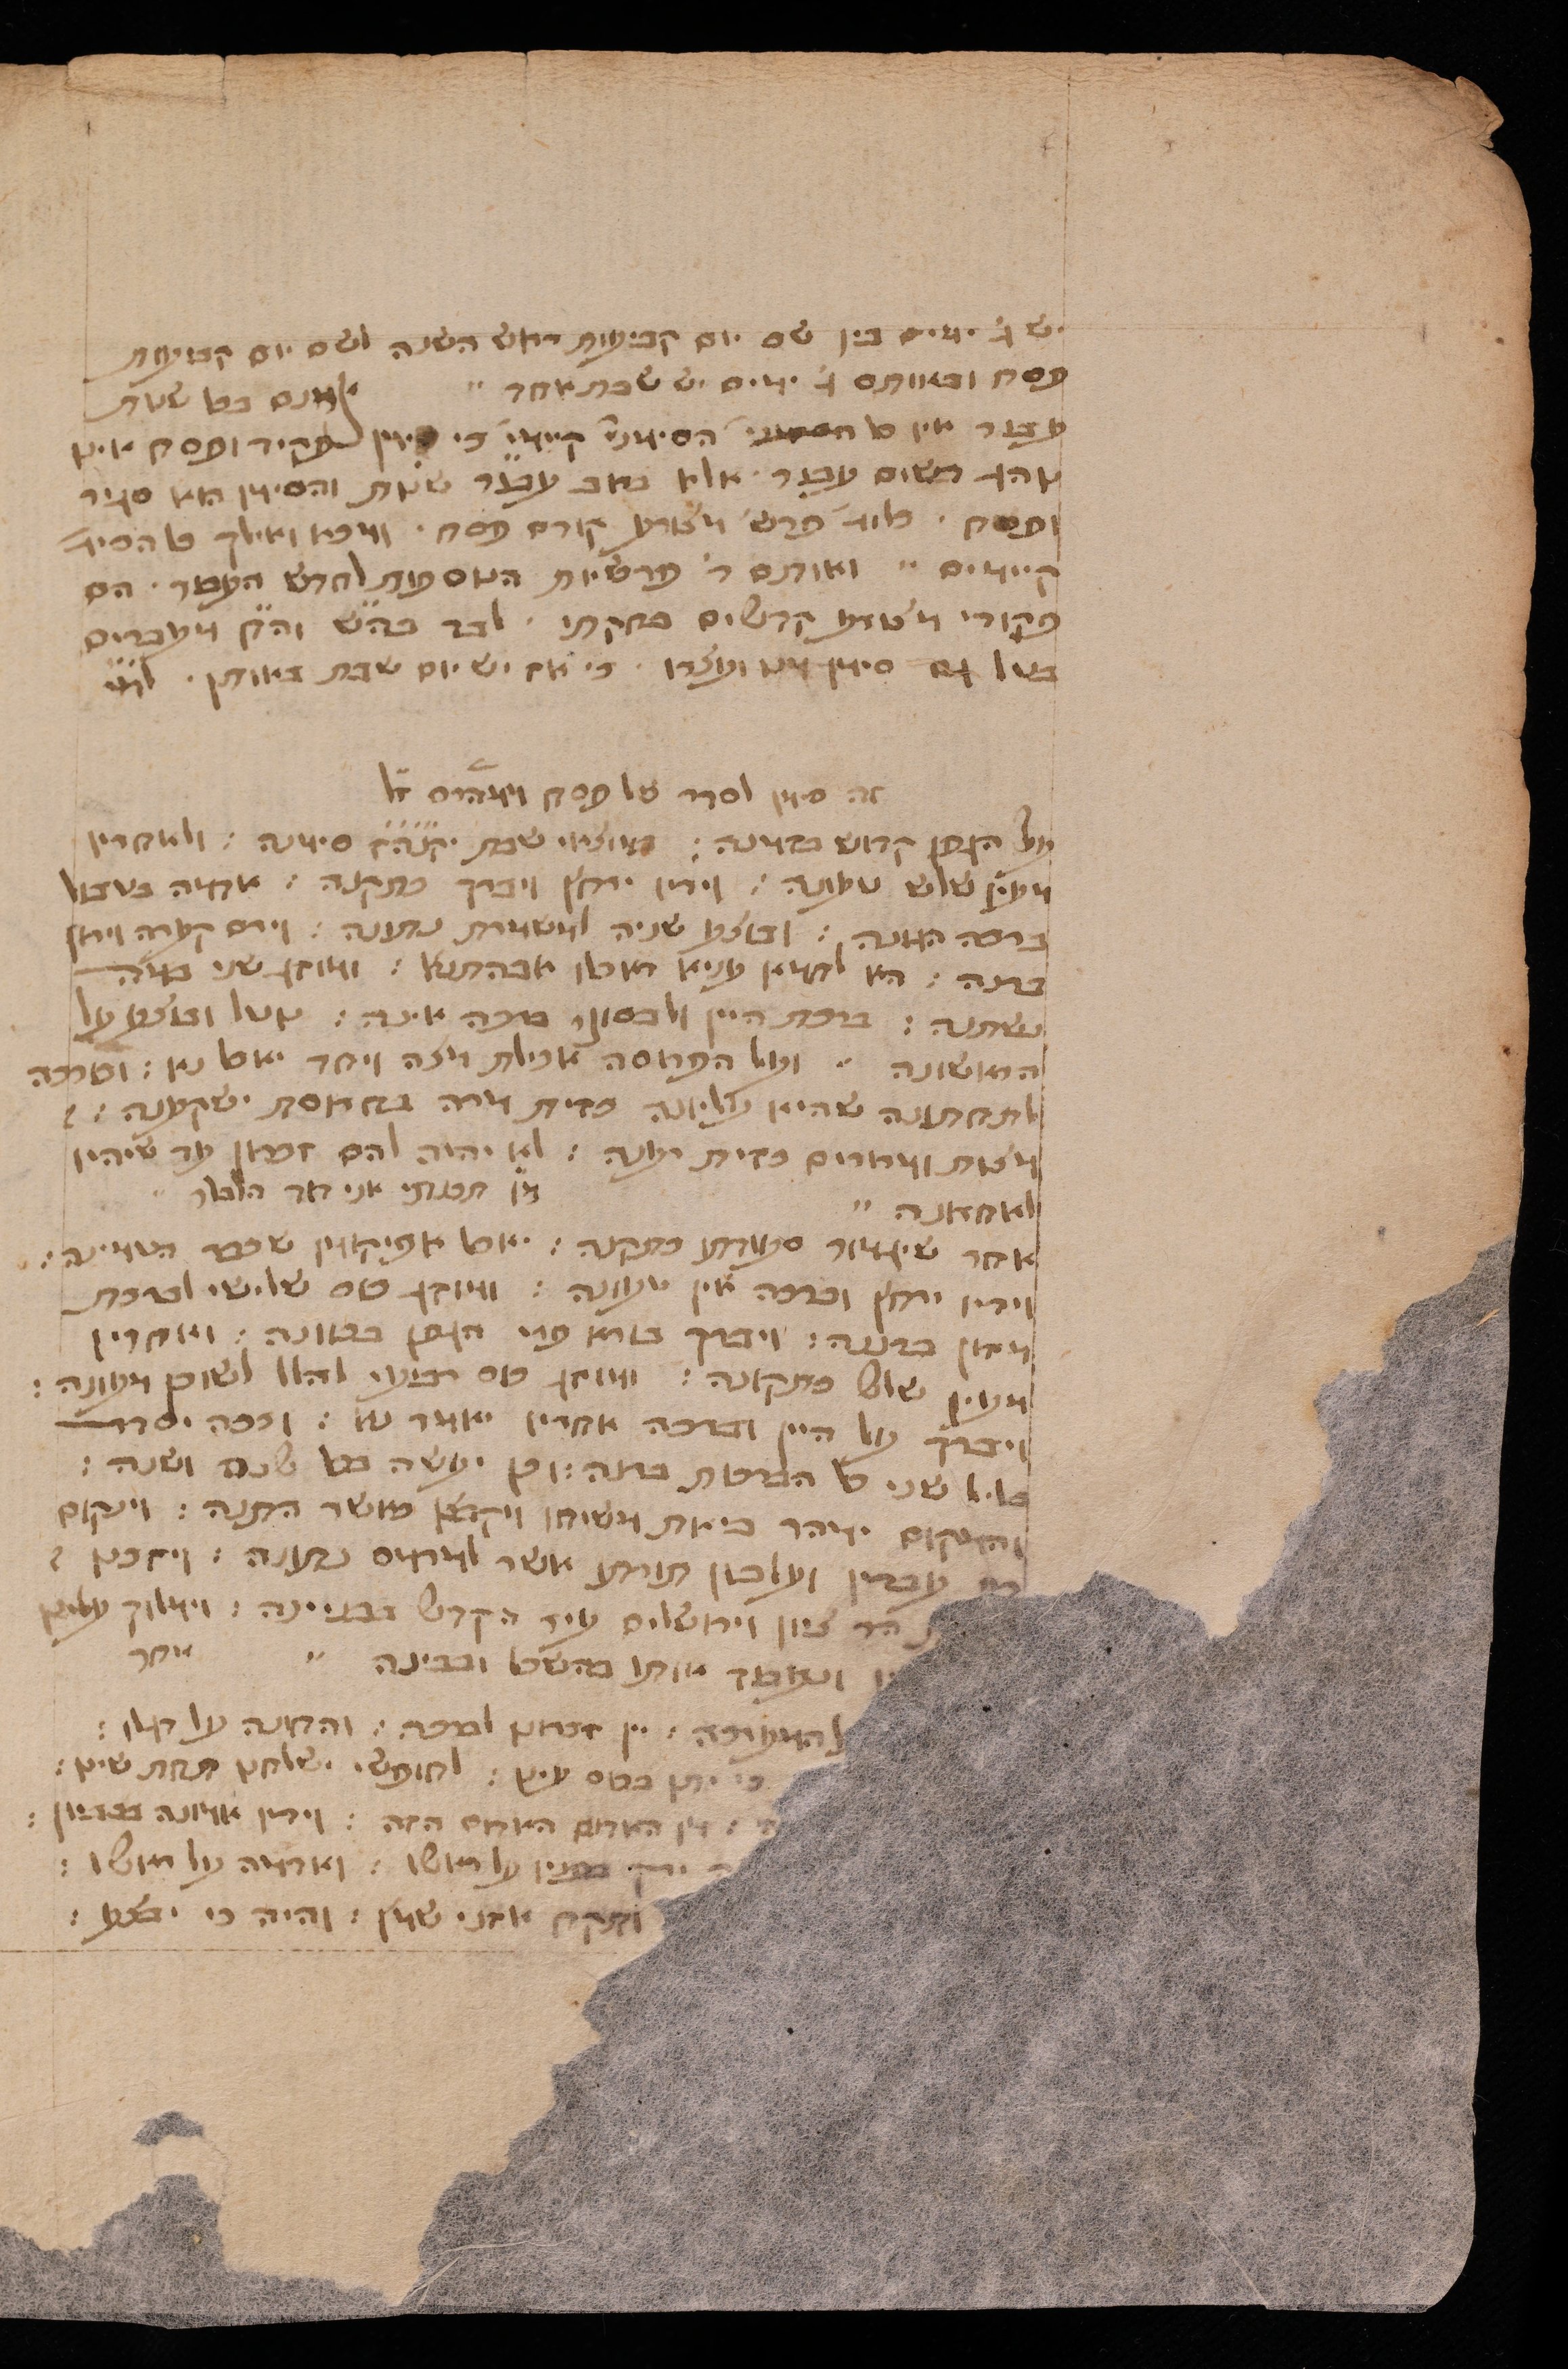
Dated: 1400–1499